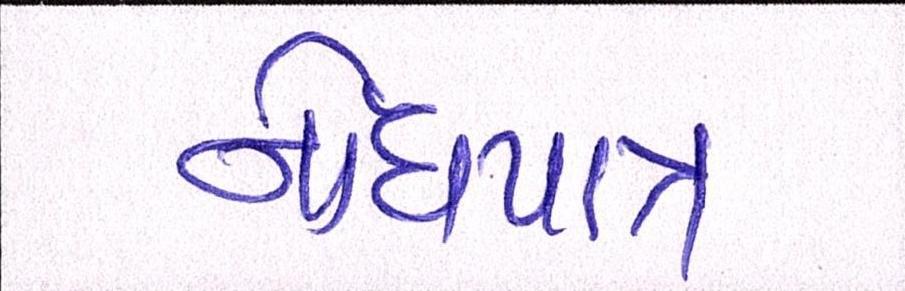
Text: નોંધપાત્ર